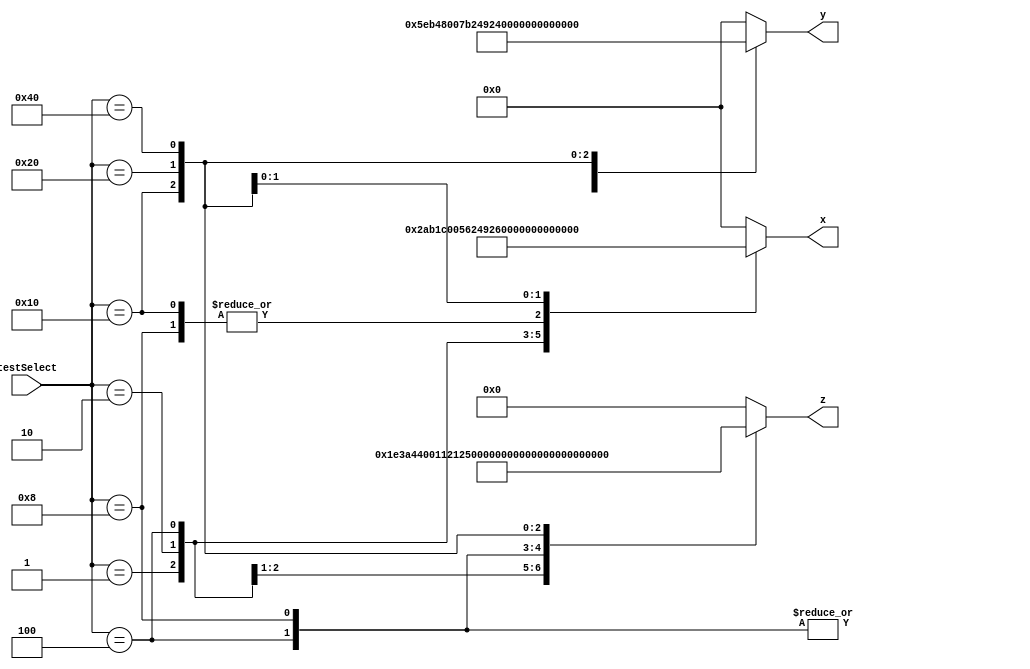
module tester_r4
	#(parameter n = 6, parameter c = 3)
(
	input  [9:0] testSelect,
	output reg [n*c-1:0] x,			// First number to add
	output reg [n*c-1:0] y,			// Second number to add
	output reg [(n+1)*c-1:0] z				// Correct result
);

//parameter n = 6;						// No. of digits
//parameter c = 3;						// Bits per digit

always @(testSelect)
	case (testSelect)
		10'b0000000000:
			begin
				x = 0;
				y = 0;
				z = 0;
			end
			
		10'b0000000001:
			begin
				x = {3'd1, 3'd2, -3'd3, 3'd3, 3'd0, -3'd1};
				y = {3'd2, -3'd1, -3'd3, 3'd3, 3'd2, 3'd2};
				z = {3'd1, -3'd1, 3'd0, -3'd1, 3'd2, 3'd2, 3'd1};
			end
			
		10'b0000000010:
			begin
				x = {3'd0, 3'd0, 3'd0, 3'd1, 3'd2, -3'd2};
				y = {3'd0, 3'd0, 3'd0, 3'd1, -3'd1, 3'd3};
				z = {3'd0, 3'd0, 3'd0, 3'd0, 3'd2, 3'd1, 3'd1};
			end
			
			10'b0000000100:
			begin
				x = {6{3'd1}};
				y = {6{3'd1}};
				z = {3'd0, {6{3'd2}}};
			end
			
			10'b00000001000:
			begin
				x = {6{3'd2}};
				y = {6{3'd1}};
				z = {3'd1, {5{3'd0}}, -3'd1};
			end
			
			10'b0000010000:
			begin
				x = {6{3'd2}};
				y = {6{3'd2}};
				z = {{6{3'd1}}, 3'd0};
			end
			
			10'b0000100000:
			begin
				x = {6{3'd3}};
				y = {6{3'd3}};
				z = {3'd1, {5{3'd3}}, 3'd2};
			end
				
			10'b0001000000:
			begin
				x = {6{-3'd1}};
				y = {-3'd2, -3'd3, -3'd3, -3'd1, 3'd0, 3'd2};
				z = {-3'd1, 3'd0, -3'd1, 3'd0, -3'd2, -3'd1, 3'd1};
			end
				
		default:
			begin
				x = 0;
				y = 0;
				z = 0;
			end
	endcase

endmodule